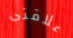
علاقتى